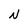
Character: N